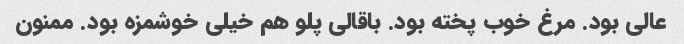
عالی بود. مرغ خوب پخته بود. باقالی پلو هم خیلی خوشمزه بود. ممنون